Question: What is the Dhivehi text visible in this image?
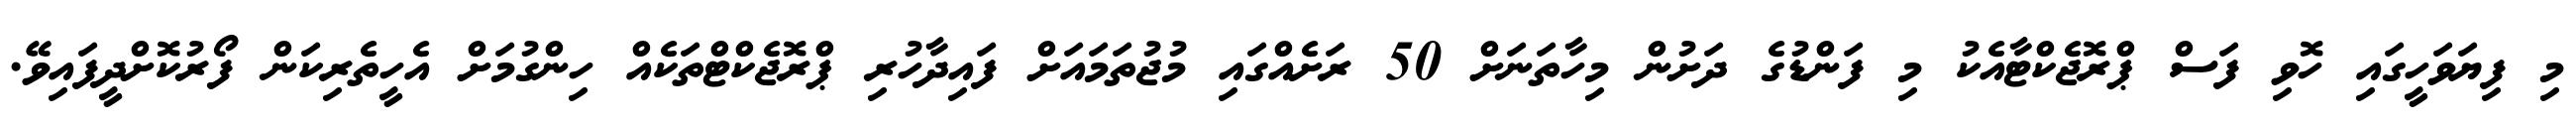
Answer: މި ފިޔަވަހީގައި ހޮވި ފަސް ޕްރޮޖެކްޓާއެކު މި ފަންޑުގެ ދަށުން މިހާތަނަށް 50 ރަށެއްގައި މުޖުތަމައަށް ފައިދާހުރި ޕްރޮޖެކްޓްތަކެއް ހިންގުމަށް އެހީތެރިކަން ފޯރުކޮށްދީފައިވޭ.